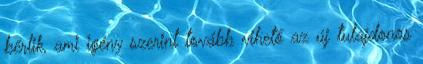
bérlik, ami igény szerint tovább vihető az új tulajdonos